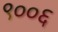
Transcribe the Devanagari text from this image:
९००६